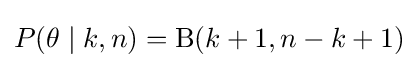
P(\theta \mid k,n)=\operatorname {\mathrm {B} } (k+1,n-k+1)